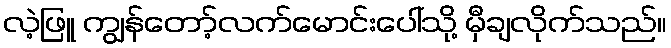
လဲ့ဖြူ ကျွန်တော့်လက်မောင်းပေါ်သို့ မှီချလိုက်သည်။